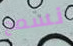
نسمح